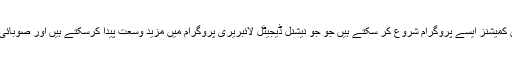
اس سلسلے میں پنجاب اور سندھ کے صوبائی ہائیر ایجوکیشن کمیشنز ایسے پروگرام شروع کر سکتے ہیں جو جو نیشنل ڈیجیٹل لائبریری پروگرام میں مزید وسعت پیدا کرسکتے ہیں اور صوبائی اداروں کو اس سے بہرہ مند کرنے میں مدد دے سکتے ہیں۔